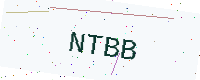
Text: NTBB